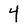
Character: 4